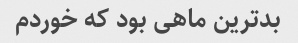
بدترین ماهی بود که خوردم